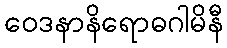
ဝေဒနာနိရောဓဂါမိနီ